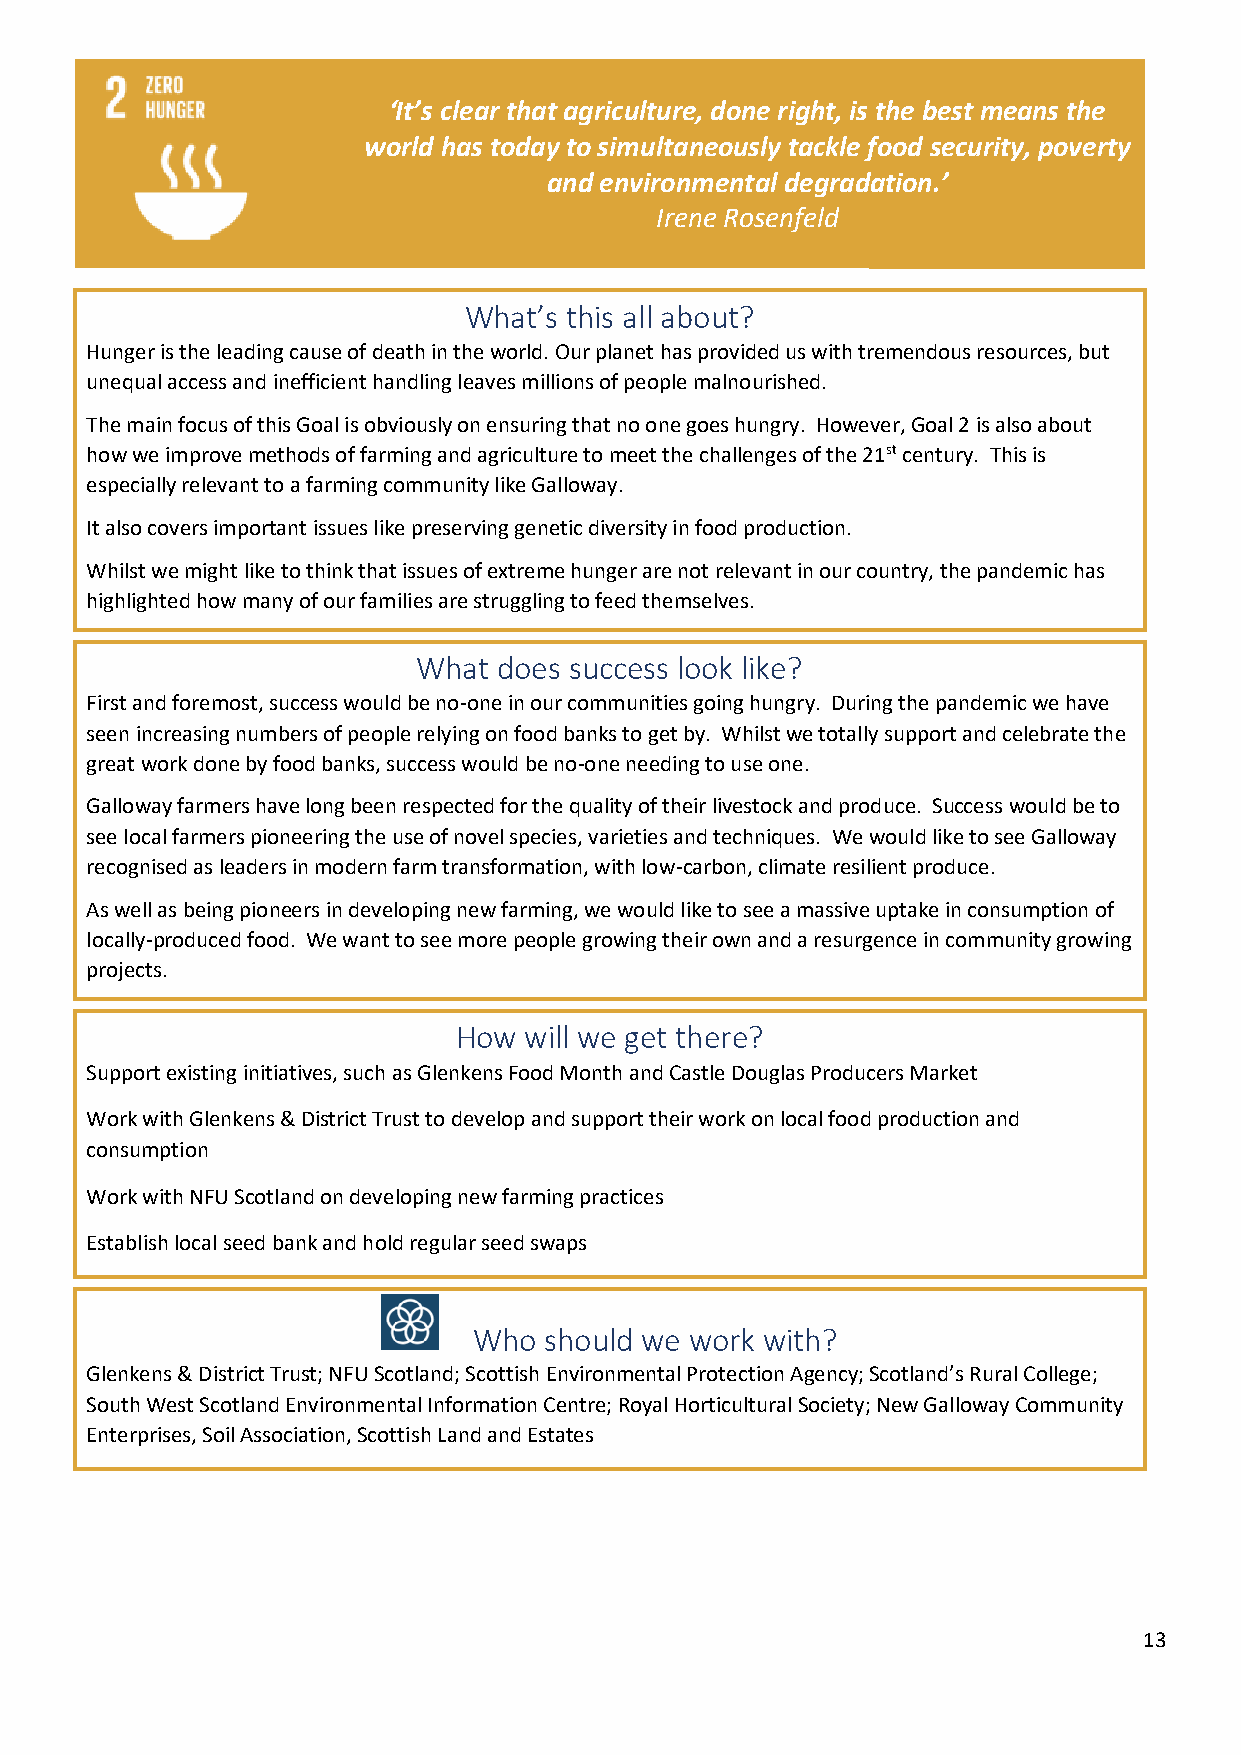
‘It’s clear that agriculture, done right, is the best means the
 world has today to simultaneously tackle food security, poverty
 and environmental degradation.’
 Irene Rosenfeld
 What’s this all about?
 Hunger is the leading cause of death in the world. Our planet has provided us with tremendous resources, but
 unequal access and inefficient handling leaves millions of people malnourished.
 The main focus of this Goal is obviously on ensuring that no one goes hungry. However, Goal 2 is also about
 how we improve methods of farming and agriculture to meet the challenges of the 21st century. This is
 especially relevant to a farming community like Galloway.
 It also covers important issues like preserving genetic diversity in food production.
 Whilst we might like to think that issues of extreme hunger are not relevant in our country, the pandemic has
 highlighted how many of our families are struggling to feed themselves.
 What does success look like?
 First and foremost, success would be no-one in our communities going hungry. During the pandemic we have
 seen increasing numbers of people relying on food banks to get by. Whilst we totally support and celebrate the
 great work done by food banks, success would be no-one needing to use one.
 Galloway farmers have long been respected for the quality of their livestock and produce. Success would be to
 see local farmers pioneering the use of novel species, varieties and techniques. We would like to see Galloway
 recognised as leaders in modern farm transformation, with low-carbon, climate resilient produce.
 As well as being pioneers in developing new farming, we would like to see a massive uptake in consumption of
 locally-produced food. We want to see more people growing their own and a resurgence in community growing
 projects.
 How  will we get there?
 Support existing initiatives, such as Glenkens Food Month and Castle Douglas Producers Market
 Work with Glenkens & District Trust to develop and support their work on local food production and
 consumption
 Work with NFU Scotland on developing new farming practices
 Establish local seed bank and hold regular seed swaps
 Who  should we work with?
 Glenkens & District Trust; NFU Scotland; Scottish Environmental Protection Agency; Scotland’s Rural College;
 South West Scotland Environmental Information Centre; Royal Horticultural Society; New Galloway Community
 Enterprises, Soil Association, Scottish Land and Estates
 13